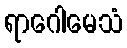
ရာဂေါမေသံ